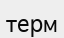
терм